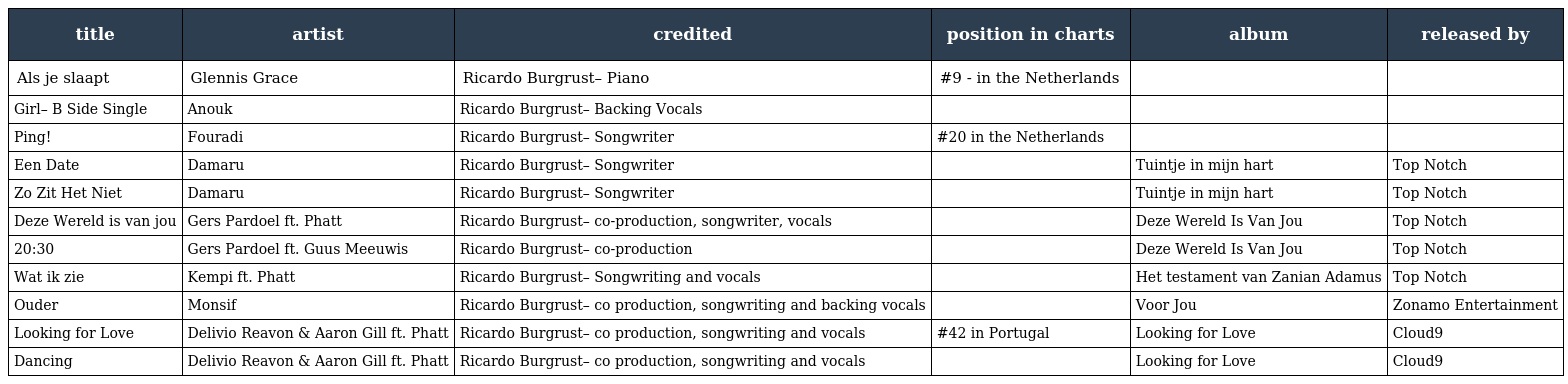
| title | artist | credited | position in charts | album | released by |
 | --- | --- | --- | --- | --- | --- |
 | Als je slaapt | Glennis Grace | Ricardo Burgrust– Piano | #9 - in the Netherlands |  |  |
 | Girl– B Side Single | Anouk | Ricardo Burgrust– Backing Vocals |  |  |  |
 | Ping! | Fouradi | Ricardo Burgrust– Songwriter | #20 in the Netherlands |  |  |
 | Een Date | Damaru | Ricardo Burgrust– Songwriter |  | Tuintje in mijn hart | Top Notch |
 | Zo Zit Het Niet | Damaru | Ricardo Burgrust– Songwriter |  | Tuintje in mijn hart | Top Notch |
 | Deze Wereld is van jou | Gers Pardoel ft. Phatt | Ricardo Burgrust– co-production, songwriter, vocals |  | Deze Wereld Is Van Jou | Top Notch |
 | 20:30 | Gers Pardoel ft. Guus Meeuwis | Ricardo Burgrust– co-production |  | Deze Wereld Is Van Jou | Top Notch |
 | Wat ik zie | Kempi ft. Phatt | Ricardo Burgrust– Songwriting and vocals |  | Het testament van Zanian Adamus | Top Notch |
 | Ouder | Monsif | Ricardo Burgrust– co production, songwriting and backing vocals |  | Voor Jou | Zonamo Entertainment |
 | Looking for Love | Delivio Reavon & Aaron Gill ft. Phatt | Ricardo Burgrust– co production, songwriting and vocals | #42 in Portugal | Looking for Love | Cloud9 |
 | Dancing | Delivio Reavon & Aaron Gill ft. Phatt | Ricardo Burgrust– co production, songwriting and vocals |  | Looking for Love | Cloud9 |